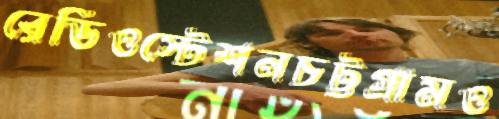
রেডিওস্টেশনচট্টগ্রামও